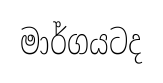
මාර්ගයටද